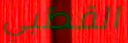
القطبي